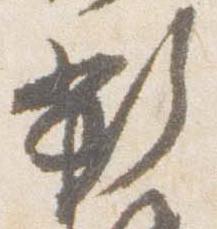
新